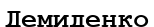
Демиденко